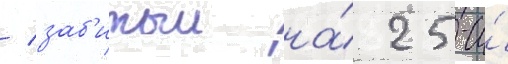
/ заб'итыи на́ 25-и́